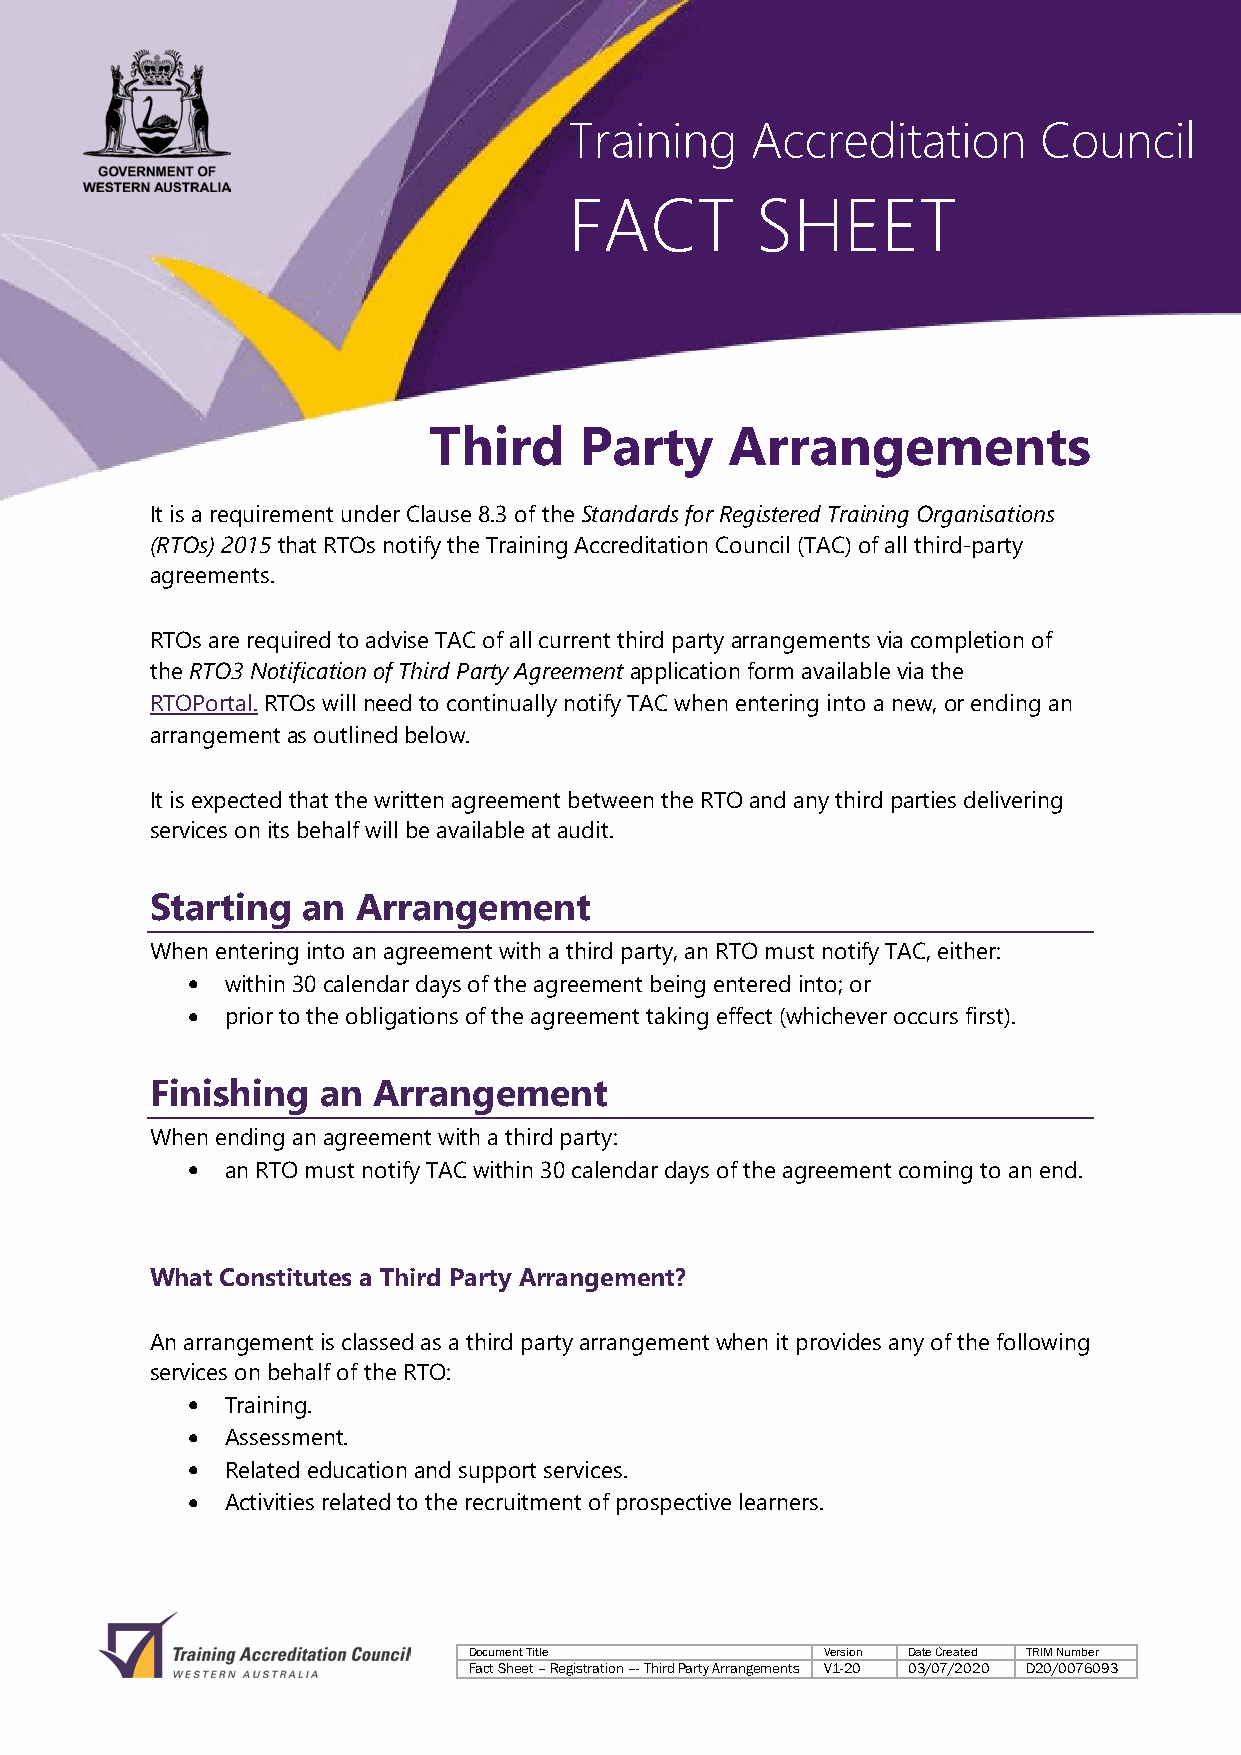
Training    Accreditation      Council
 FACT        SHEET
 Third     Party     Arrangements
 It is a requirement under Clause 8.3 of the Standards for Registered Training Organisations
 (RTOs) 2015 that RTOs notify the Training Accreditation Council (TAC) of all third-party
 agreements.
 RTOs are required to advise TAC of all current third party arrangements via completion of
 the RTO3 Notification of Third Party Agreement application form available via the
 RTOPortal. RTOs will need to continually notify TAC when entering into a new, or ending an
 arrangement as outlined below.
 It is expected that the written agreement between the RTO and any third parties delivering
 services on its behalf will be available at audit.
 Starting  an  Arrangement
 When entering into an agreement with a third party, an RTO must notify TAC, either:
 •  within 30 calendar days of the agreement being entered into; or
 •  prior to the obligations of the agreement taking effect (whichever occurs first).
 Finishing  an  Arrangement
 When ending an agreement with a third party:
 •  an RTO must notify TAC within 30 calendar days of the agreement coming to an end.
 What Constitutes a Third Party Arrangement?
 An arrangement is classed as a third party arrangement when it provides any of the following
 services on behalf of the RTO:
 •  Training.
 •  Assessment.
 •  Related education and support services.
 •  Activities related to the recruitment of prospective learners.
 Document Title          Version Date Created TRIM Number
 Fact Sheet – Registration –- Third Party Arrangements V1-20 03/07/2020 D20/0076093